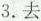
3.去